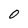
Character: 0